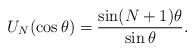
LaTeX: \begin{align*}U_{N}( \cos \theta) = \frac{\sin(N+1) \theta}{\sin \theta}. \end{align*}